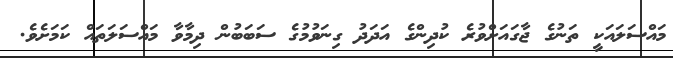
މައްސަލައަކީ ތަނުގެ ޖާގައަށްވުރެ ކުދިންގެ އަދަދު ގިނަވުމުގެ ސަބަބުން ދިމާވާ މައްސަލަތައް ކަމަށެވެ.